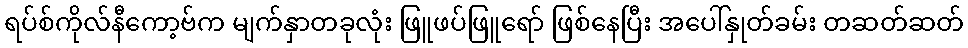
ရပ်စ်ကိုလ်နီကော့ဗ်က မျက်နှာတခုလုံး ဖြူဖပ်ဖြူရော် ဖြစ်နေပြီး အပေါ်နှုတ်ခမ်း တဆတ်ဆတ်